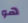
هو